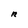
Character: R